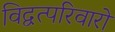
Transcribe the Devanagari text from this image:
विद्वत्परिवारों